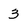
Character: 3